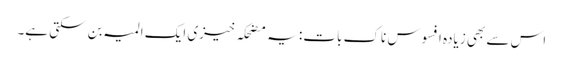
اس سے بھی زیادہ افسوس ناک بات: یہ مضحکہ خیزی ایک المیہ بن سکتی ہے۔